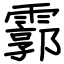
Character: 霩